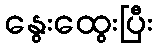
နွေးထွေးပြီး